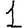
Digit: 1